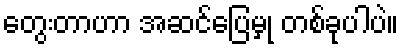
တွေးတာဟာ အဆင်ပြေမှု တစ်ခုပါပဲ။